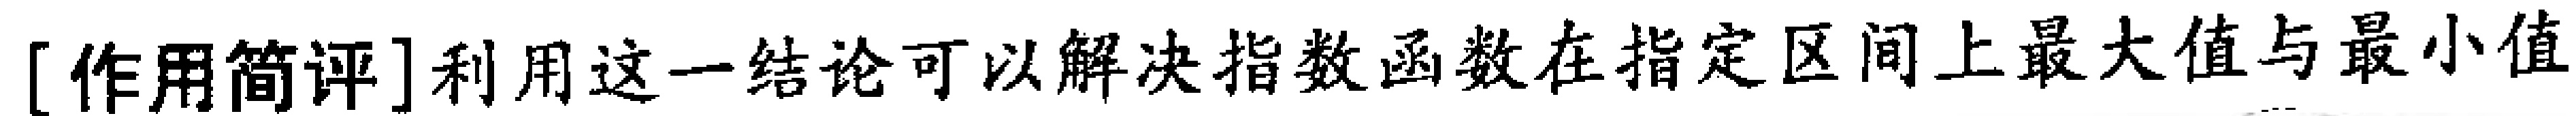
[作用简评]利用这一结论可以解决指数函数在指定区间上最大值与最小值